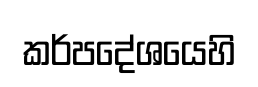
කර්පදේශයෙහි